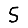
Digit: 5